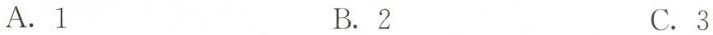
A.1 B.2 C.3